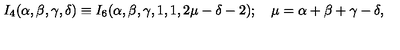
I _ { 4 } ( \alpha , \beta , \gamma , \delta ) \equiv I _ { 6 } ( \alpha , \beta , \gamma , 1 , 1 , 2 \mu - \delta - 2 ) ; \quad \mu = \alpha + \beta + \gamma - \delta ,